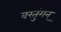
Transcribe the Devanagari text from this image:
वरतुंगन्